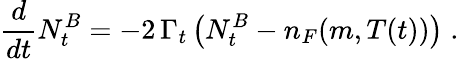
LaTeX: \frac{d}{dt}N_{t}^{B}=-2\, \Gamma_{t}\left(N_{t}^{B}-n_{F}(m,T(t))\right)\; .